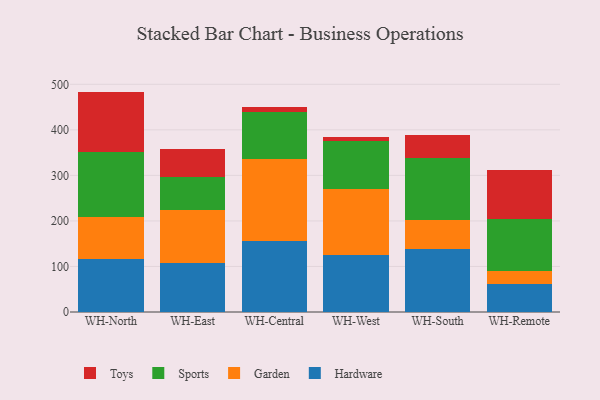
{"axis": {"x": "Warehouse", "y": "Conversion Rate (%)"}, "legend": ["Garden", "Hardware", "Sports", "Toys"], "data": [{"x": "WH-North", "y": 115.8, "type": "Hardware"}, {"x": "WH-North", "y": 91.8, "type": "Garden"}, {"x": "WH-North", "y": 143.6, "type": "Sports"}, {"x": "WH-North", "y": 132.8, "type": "Toys"}, {"x": "WH-East", "y": 108.6, "type": "Hardware"}, {"x": "WH-East", "y": 114.7, "type": "Garden"}, {"x": "WH-East", "y": 72.6, "type": "Sports"}, {"x": "WH-East", "y": 62.5, "type": "Toys"}, {"x": "WH-Central", "y": 156.3, "type": "Hardware"}, {"x": "WH-Central", "y": 179.2, "type": "Garden"}, {"x": "WH-Central", "y": 103.0, "type": "Sports"}, {"x": "WH-Central", "y": 11.6, "type": "Toys"}, {"x": "WH-West", "y": 124.3, "type": "Hardware"}, {"x": "WH-West", "y": 145.2, "type": "Garden"}, {"x": "WH-West", "y": 105.5, "type": "Sports"}, {"x": "WH-West", "y": 8.3, "type": "Toys"}, {"x": "WH-South", "y": 139.3, "type": "Hardware"}, {"x": "WH-South", "y": 62.8, "type": "Garden"}, {"x": "WH-South", "y": 136.1, "type": "Sports"}, {"x": "WH-South", "y": 51.6, "type": "Toys"}, {"x": "WH-Remote", "y": 61.9, "type": "Hardware"}, {"x": "WH-Remote", "y": 27.2, "type": "Garden"}, {"x": "WH-Remote", "y": 115.5, "type": "Sports"}, {"x": "WH-Remote", "y": 107.9, "type": "Toys"}]}